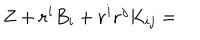
Z + \mathbf { r } ^ { i } B _ { i } + \mathbf { r } ^ { i } \mathbf { r } ^ { j } K _ { i j } =